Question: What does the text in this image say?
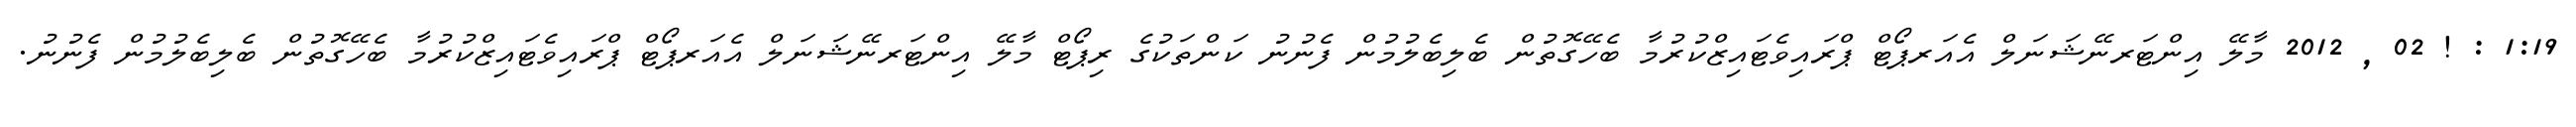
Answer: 1:19 : ! 02 , 2012 މާލޭ އިންޓަރނޭޝަނަލް އެއަރޕޯޓް ޕްރައިވެޓައިޒްކުރުމާ ބެހޭގޮތުން ބެލިބެލުމުން ފެނުނު ކަންތަކުގެ ރިޕޯޓް މާލޭ އިންޓަރނޭޝަނަލް އެއަރޕޯޓް ޕްރައިވެޓައިޒްކުރުމާ ބެހޭގޮތުން ބެލިބެލުމުން ފެނުނު.